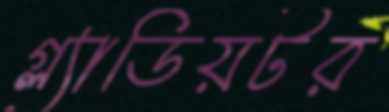
গ্ল্যাডিয়টর